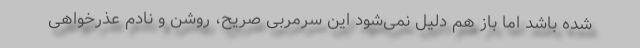
شده باشد اما باز هم دلیل نمی‌شود این سرمربی صریح، روشن و نادم عذرخواهی